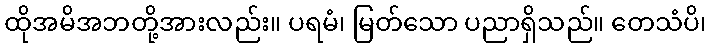
ထိုအမိအဘတို့အားလည်း။ ပရမံ၊ မြတ်သော ပညာရှိသည်။ တေသံပိ၊